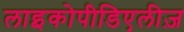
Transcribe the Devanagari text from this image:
लाइकोपीडिएलीज़